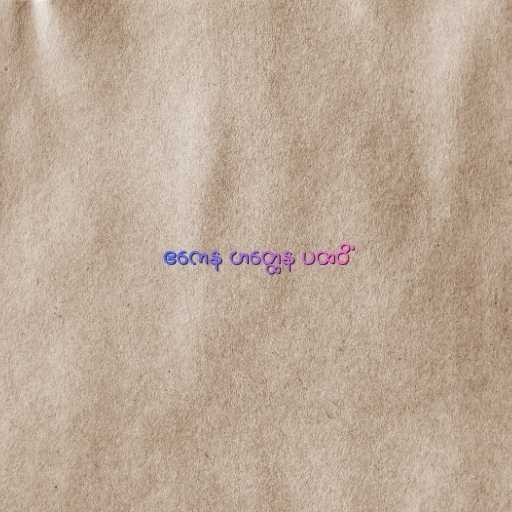
ဧကေန ဟတ္ထေန ပထဝိံ